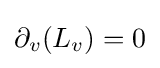
\partial _{v}(L_{v})=0